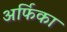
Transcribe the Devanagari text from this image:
अर्फिका